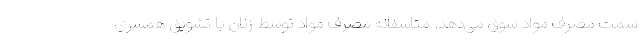
سمت مصرف مواد سوق می‌دهد. متاسفانه مصرف مواد توسط زنان با تشویق همسری